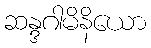
ဆန္ဒဂါမိနိယော